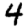
Digit: 4